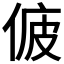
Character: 𠉷